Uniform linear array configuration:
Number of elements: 12
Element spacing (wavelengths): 0.75
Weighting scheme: hamming
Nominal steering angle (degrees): -30
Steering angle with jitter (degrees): -28.085
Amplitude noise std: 0.05
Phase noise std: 0.05

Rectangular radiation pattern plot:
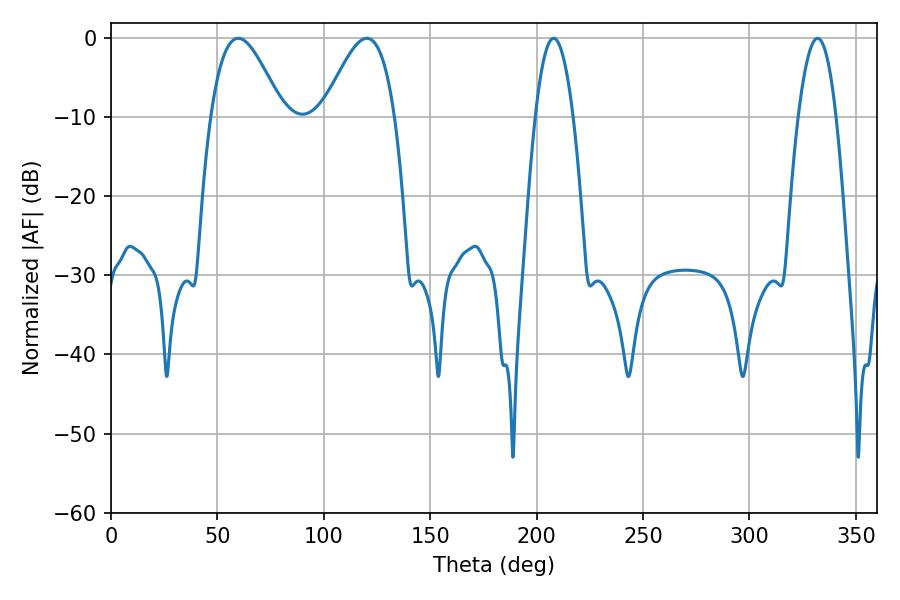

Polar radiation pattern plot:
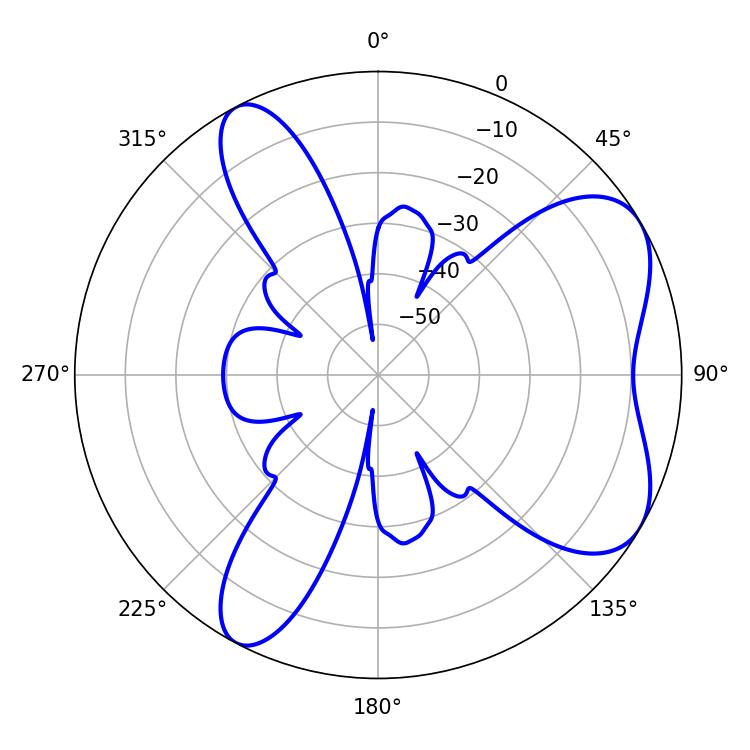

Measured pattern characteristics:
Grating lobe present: TRUE
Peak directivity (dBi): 6.366
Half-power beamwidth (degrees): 18.18
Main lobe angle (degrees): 120.24